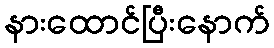
နားထောင်ပြီးနောက်